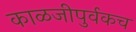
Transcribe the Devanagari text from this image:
काळजीपुर्वकच